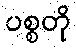
ပစ္စတို